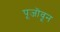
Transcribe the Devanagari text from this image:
पूजॊवून